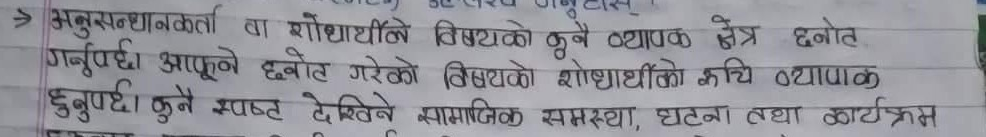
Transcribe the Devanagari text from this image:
→ अनुसन्धानकर्ता वा शोधाथिले विषयको कुनै व्यापक क्षेत्र छनोट गर्नुपर्छ। आफूने छनोट गरेको विषयको शोधाथीको रूचि व्यापक हुनुपर्छ। कुनै स्पष्ट देखिने सामाजिक समस्या, घटना तथा कार्यक्रम